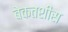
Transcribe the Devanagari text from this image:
बेकतशीस